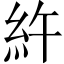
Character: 𥾿